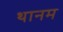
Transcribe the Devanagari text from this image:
थानम